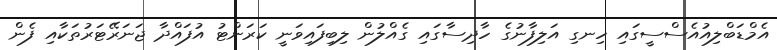
އެމްޑަބްލިއުއެސްސީގައި ހިނގި އަލިފާނުގެ ހާދިސާގައި ގެއްލުން ލިބިފައިވަނީ ކަރަންޓު އުފައްދާ ޖަނަރޭޓަރުތަކާއި ފެން